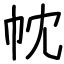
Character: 帎